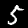
Label: 5